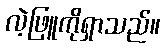
လဲ့ဖြူကိုရှာသည်။